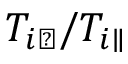
T _ { i \perp } / T _ { i \parallel }